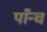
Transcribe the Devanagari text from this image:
पाँन्च